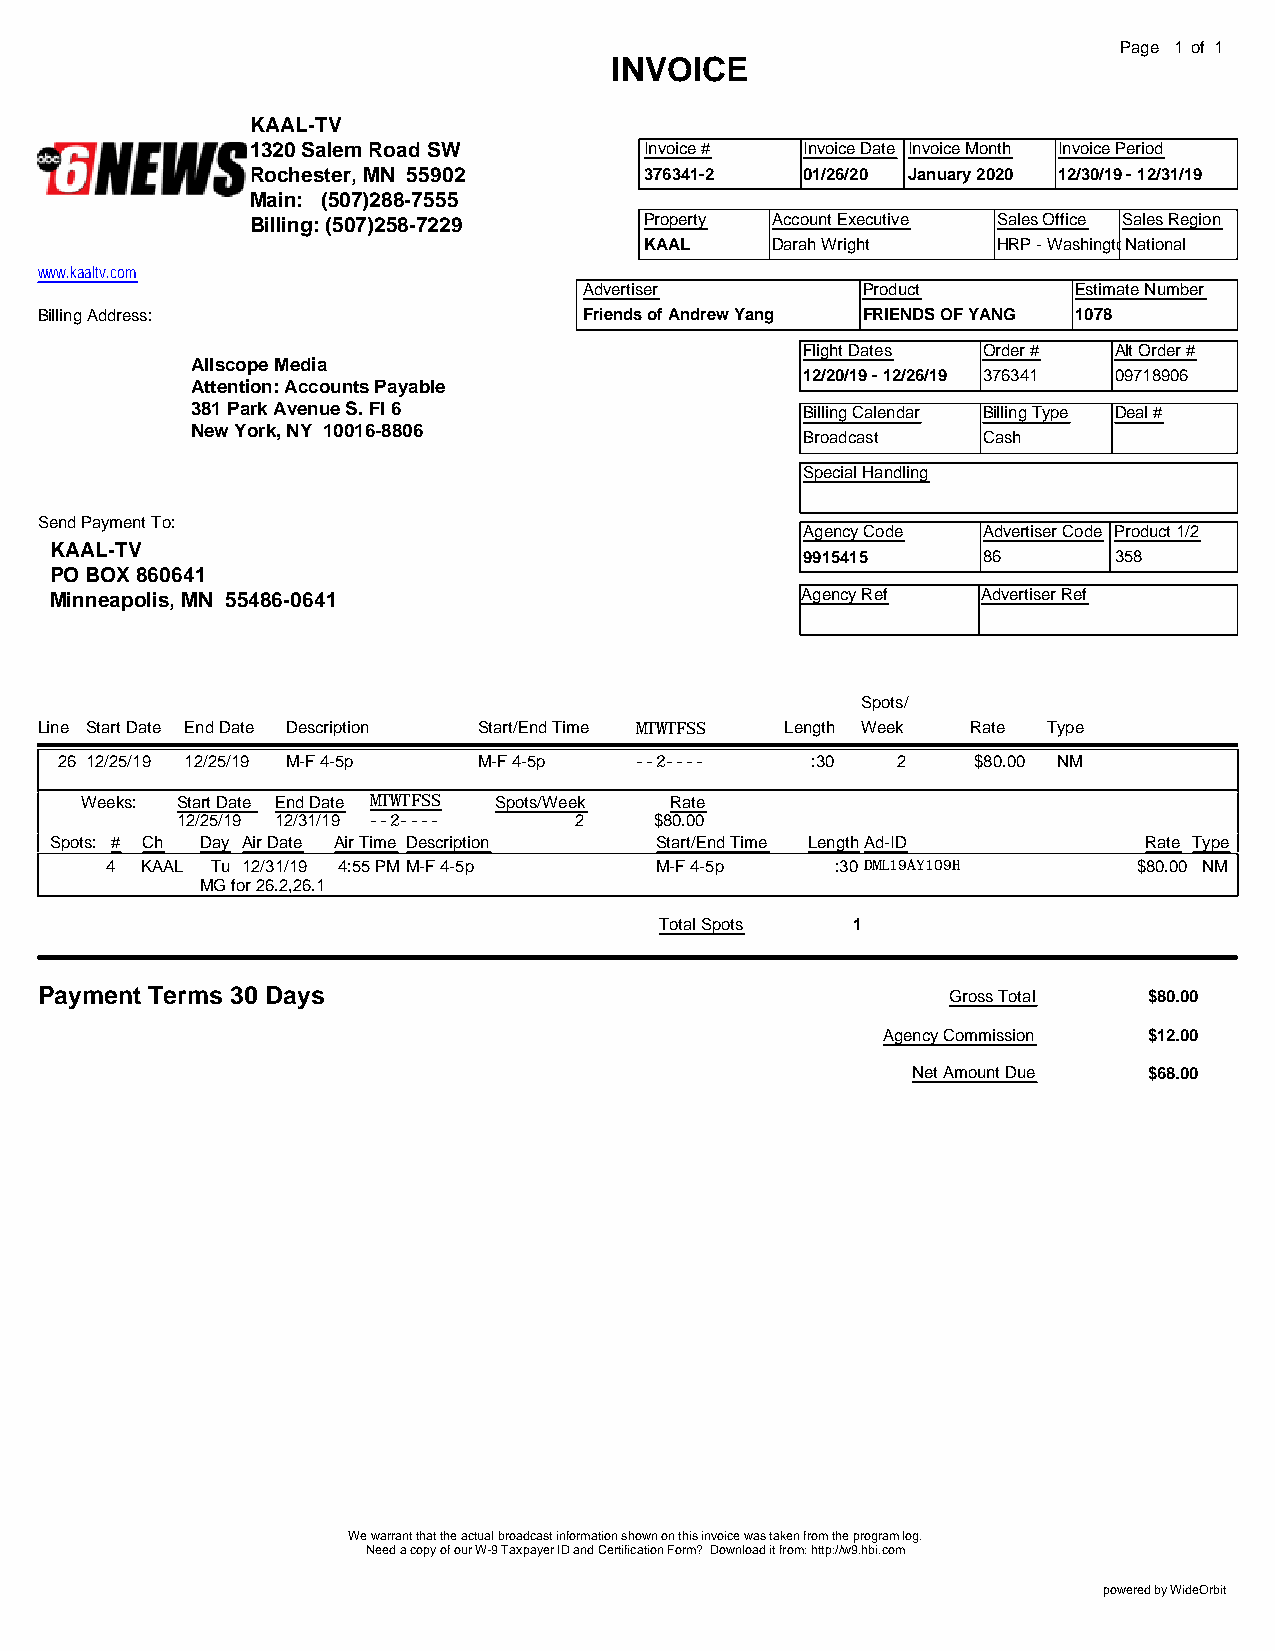
Page 1 of 1
 INVOICE
 KAAL-TV
 1320 Salem Road SW        Invoice # Invoice Date Invoice Month Invoice Period
 Rochester, MN 55902       376341-2  01/26/20 January 2020 12/30/19 - 12/31/19
 Main: (507)288-7555
 Billing: (507)258-7229    Property Account Executive Sales Office Sales Region
 KAAL    Darah Wright   HRP - WashingtoNn aDtiConal
 www.kaaltv.com
 Advertiser        Product       Estimate Number
 Billing Address:                     Friends of Andrew Yang FRIENDS OF YANG 1078
 Flight Dates Order # Alt Order #
 Allscope Media
 12/20/19 - 12/26/19 376341 09718906
 Attention: Accounts Payable
 381 Park Avenue S. Fl 6                 Billing Calendar Billing Type Deal #
 New York, NY 10016-8806
 Broadcast   Cash
 Special Handling
 Send Payment To:
 Agency Code Advertiser Code Product 1/2
 KAAL-TV
 9915415     86       358
 PO BOX 860641
 Minneapolis, MN 55486-0641                        Agency Ref  Advertiser Ref
 Spots/
 Line Start Date End Date Description Start/End Time MTWTFSS Length Week Rate Type
 26 12/25/19 12/25/19 M-F 4-5p M-F 4-5p --2----    :30  2    $80.00 NM
 Weeks: Start Date End Date MTWTFSS Spots/Week Rate
 12/25/19 12/31/19 --2---- 2    $80.00
 Spots: # Ch Day Air Date Air Time Description Start/End Time LengthAd-ID Rate Type
 4 KAAL Tu 12/31/19 4:55 PMM-F 4-5p  M-F 4-5p    :30 DML19AY109H     $80.00 NM
 MG for 26.2,26.1
 Total Spots 1
 Payment Terms 30 Days                                        Gross Total  $80.00
 Agency Commission $12.00
 Net Amount Due  $68.00
 We warrant that the actual broadcast information shown on this invoice was taken from the program log.
 Need a copy of our W-9 Taxpayer ID and Certification Form? Download it from: http://w9.hbi.com
 powered by WideOrbit